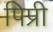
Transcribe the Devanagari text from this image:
पिप्री